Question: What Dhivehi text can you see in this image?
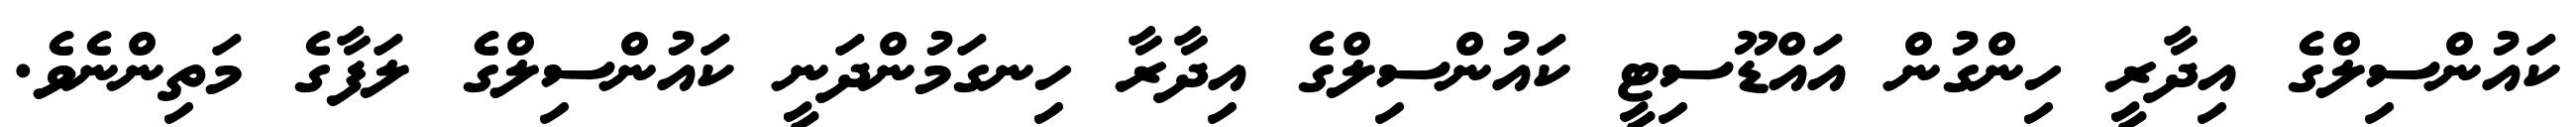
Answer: ކައުންސިލްގެ އިދާރީ ހިންގުން އައްޑޫސިޓީ ކައުންސިލްގެ އިދާރާ ހިނގަމުންދަނީ ކައުންސިލްގެ ލަފާގެ މަތިންނެވެ.